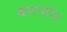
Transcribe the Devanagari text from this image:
बाटमोर